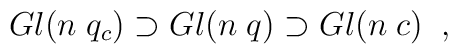
Gl(n \; q_{c}) \supset Gl(n \; q) \supset Gl(n \; c) \; \; ,